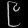
Digit: ၉